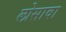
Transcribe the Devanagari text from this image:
लोसावा